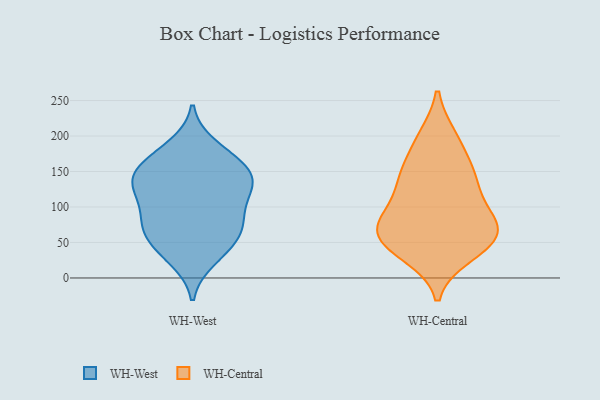
{"axis": {"x": "Net Income (USD K)", "y": "Value"}, "legend": ["WH-Central", "WH-West"], "data": [{"x": "", "y": 121, "type": "WH-West"}, {"x": "", "y": 155, "type": "WH-West"}, {"x": "", "y": 33, "type": "WH-West"}, {"x": "", "y": 125, "type": "WH-West"}, {"x": "", "y": 102, "type": "WH-West"}, {"x": "", "y": 134, "type": "WH-West"}, {"x": "", "y": 26, "type": "WH-West"}, {"x": "", "y": 152, "type": "WH-West"}, {"x": "", "y": 141, "type": "WH-West"}, {"x": "", "y": 67, "type": "WH-West"}, {"x": "", "y": 177, "type": "WH-West"}, {"x": "", "y": 186, "type": "WH-West"}, {"x": "", "y": 133, "type": "WH-West"}, {"x": "", "y": 92, "type": "WH-West"}, {"x": "", "y": 70, "type": "WH-West"}, {"x": "", "y": 51, "type": "WH-West"}, {"x": "", "y": 79, "type": "WH-West"}, {"x": "", "y": 62, "type": "WH-West"}, {"x": "", "y": 157, "type": "WH-West"}, {"x": "", "y": 199, "type": "WH-Central"}, {"x": "", "y": 72, "type": "WH-Central"}, {"x": "", "y": 120, "type": "WH-Central"}, {"x": "", "y": 56, "type": "WH-Central"}, {"x": "", "y": 88, "type": "WH-Central"}, {"x": "", "y": 140, "type": "WH-Central"}, {"x": "", "y": 73, "type": "WH-Central"}, {"x": "", "y": 164, "type": "WH-Central"}, {"x": "", "y": 58, "type": "WH-Central"}, {"x": "", "y": 70, "type": "WH-Central"}, {"x": "", "y": 42, "type": "WH-Central"}, {"x": "", "y": 142, "type": "WH-Central"}, {"x": "", "y": 71, "type": "WH-Central"}, {"x": "", "y": 104, "type": "WH-Central"}, {"x": "", "y": 199, "type": "WH-Central"}, {"x": "", "y": 37, "type": "WH-Central"}, {"x": "", "y": 32, "type": "WH-Central"}, {"x": "", "y": 147, "type": "WH-Central"}]}